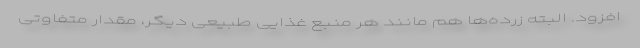
افزود. البته زرده‌ها هم مانند هر منبع غذایی طبیعی دیگر، مقدار متفاوتی